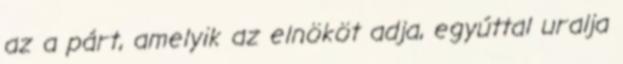
az a párt, amelyik az elnököt adja, egyúttal uralja